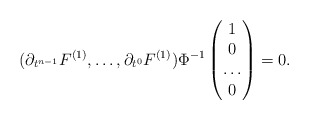
\begin{align*} (\partial_{t^{n-1}}F^{(1)},\dots,\partial_{t^{0}}F^{(1)}) \Phi^{-1} \begin{pmatrix} 1\\ 0 \\ \dots \\ 0 \end{pmatrix}=0.\end{align*}